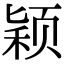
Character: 颖